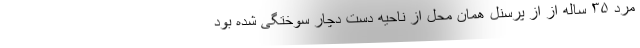
مرد ٣۵ ساله از از پرسنل همان محل از ناحیه دست دچار سوختگی شده بود